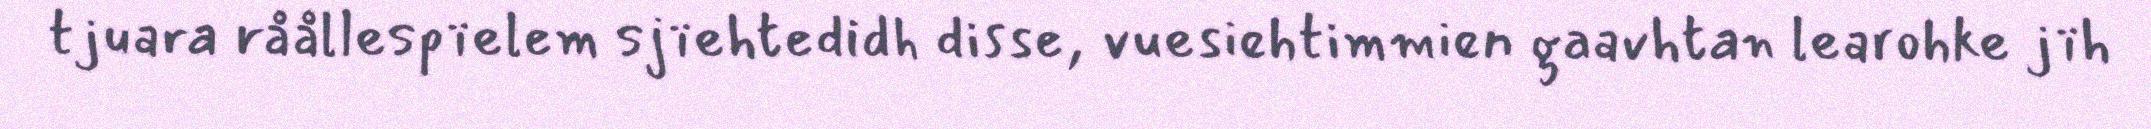
tjuara råållespïelem sjïehtedidh disse, vuesiehtimmien gaavhtan learohke jïh